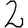
Digit: 2